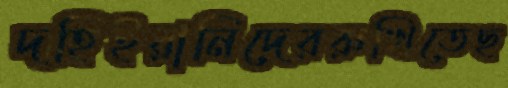
দহিইরানিদেররুখিতেছ